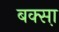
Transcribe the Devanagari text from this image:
बक्सा़